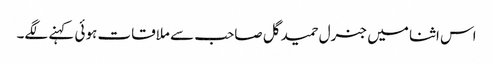
اس اثنا میں جنرل حمید گل صاحب سے ملاقات ہوئی کہنے لگے۔